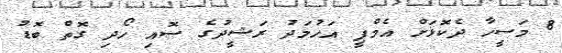
8 މަސީހާ ދެކޮޅަށް އެމްޕީ އަހުމަދު ރަޝީދުގެ ސޮއި ހޯދި ގޮތް ބޮޑު